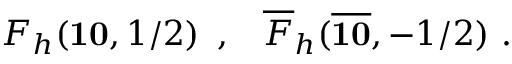
{ F } _ { h } ( { \bf { 1 0 } } , 1 / 2 ) \, \, \, , \, \, \, \, \, { \overline { { { F } } } } _ { h } ( { \overline { { { \bf { 1 0 } } } } } , - 1 / 2 ) \ .